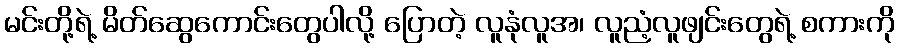
မင်းတို့ရဲ့ မိတ်ဆွေကောင်းတွေပါလို့ ပြောတဲ့ လူနုံလူအ၊ လူညံ့လူဖျင်းတွေရဲ့ စကားကို